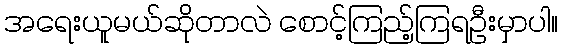
အရေးယူမယ်ဆိုတာလဲ စောင့်ကြည့်ကြရဦးမှာပါ။